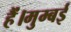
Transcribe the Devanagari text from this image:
हैं।मुम्बई